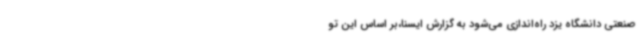
صنعتی دانشگاه یزد راه‌اندازی می‌شود به گزارش ایسنا،بر اساس این تو